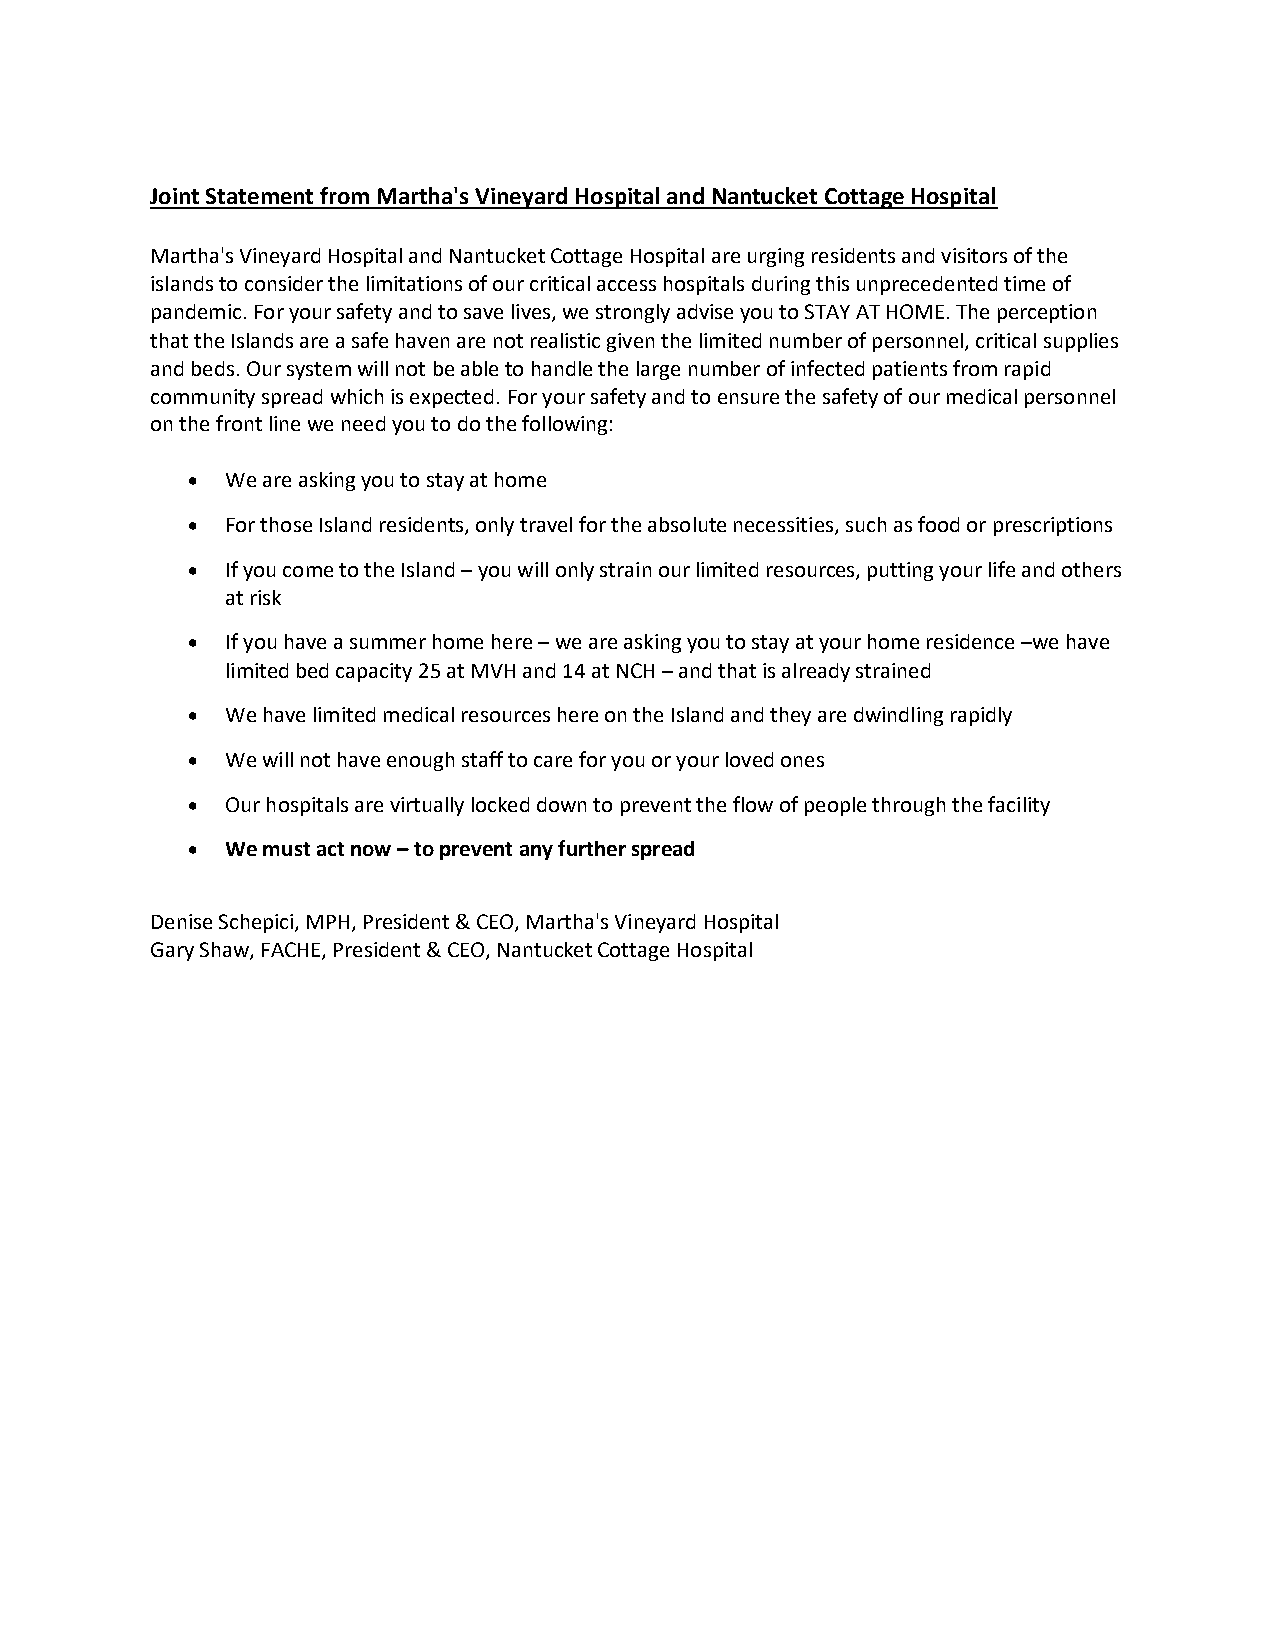
Joint Statement from Martha's Vineyard Hospital and Nantucket Cottage Hospital
 Martha's Vineyard Hospital and Nantucket Cottage Hospital are urging residents and visitors of the
 islands to consider the limitations of our critical access hospitals during this unprecedented time of
 pandemic. For your safety and to save lives, we strongly advise you to STAY AT HOME. The perception
 that the Islands are a safe haven are not realistic given the limited number of personnel, critical supplies
 and beds. Our system will not be able to handle the large number of infected patients from rapid
 community spread which is expected. For your safety and to ensure the safety of our medical personnel
 on the front line we need you to do the following:
 •  We are asking you to stay at home
 •  For those Island residents, only travel for the absolute necessities, such as food or prescriptions
 •  If you come to the Island – you will only strain our limited resources, putting your life and others
 at risk
 •  If you have a summer home here – we are asking you to stay at your home residence –we have
 limited bed capacity 25 at MVH and 14 at NCH – and that is already strained
 •  We have limited medical resources here on the Island and they are dwindling rapidly
 •  We will not have enough staff to care for you or your loved ones
 •  Our hospitals are virtually locked down to prevent the flow of people through the facility
 •  We must act now – to prevent any further spread
 Denise Schepici, MPH, President & CEO, Martha's Vineyard Hospital
 Gary Shaw, FACHE, President & CEO, Nantucket Cottage Hospital